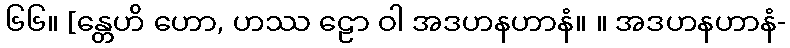
၆၆။ [န္တေဟိ ဟော, ဟဿ ဠော ဝါ အဒဟနဟာနံ။ ။ အဒဟနဟာနံ-